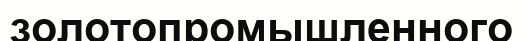
золотопромышленного